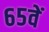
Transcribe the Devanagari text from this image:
६५वें